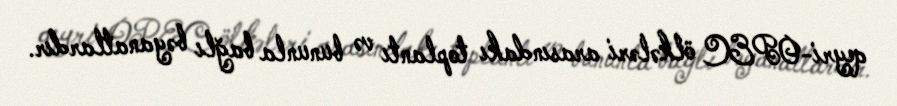
qeyri-OPEC ölkələri arasındakı toplantı və bununla bağlı bəyanatlardır.